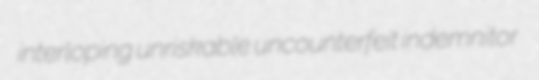
interloping unriskable uncounterfeit indemnitor